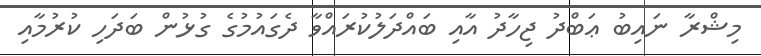
މިޝްރާ ނައިބު ޢަބްދު ޖިހާދު އާއި ބައްދަލުކުރައްވާ ދެގައުމުގެ ގުޅުން ބަދަހި ކުރުމާއި